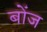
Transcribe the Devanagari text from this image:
बोंज